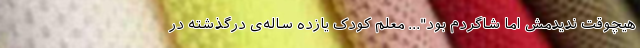
هیچوقت ندیدمش اما شاگردم بود"... معلم کودک یازده ساله‌ی درگذشته در